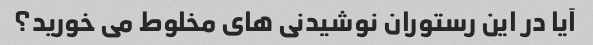
آیا در این رستوران نوشیدنی های مخلوط می خورید؟